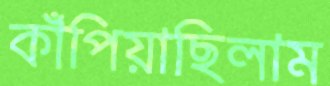
কাঁপিয়াছিলাম